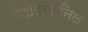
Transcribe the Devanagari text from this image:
पैराटरफेनिल